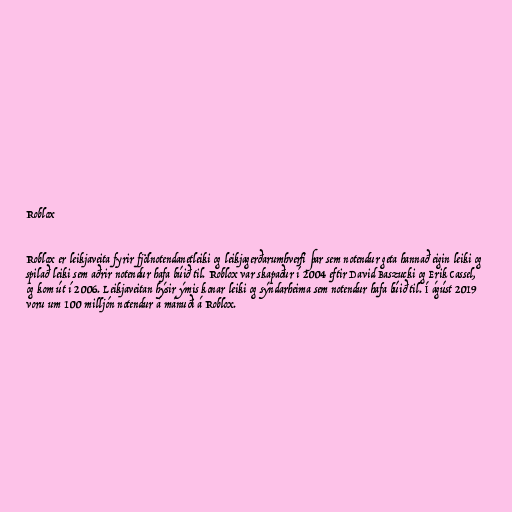
Roblox

Roblox er leikjaveita fyrir fjölnotendanetleiki og leikjagerðarumhverfi þar sem notendur geta hannað eigin leiki og
spilað leiki sem aðrir notendur hafa búið til. Roblox var skapaður í 2004 eftir David Baszucki og Erik Cassel,
og kom út í 2006. Leikjaveitan hýsir ýmis konar leiki og sýndarheima sem notendur hafa búið til. Í ágúst 2019
voru um 100 milljón notendur á mánuði á Roblox.